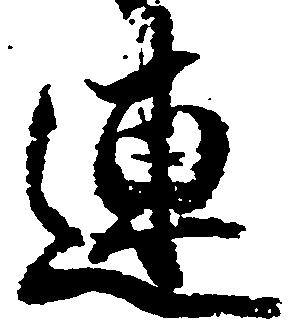
連